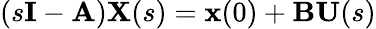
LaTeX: (s\mathbf{I}-\mathbf{A})\mathbf{X}(s)=\mathbf{x}(0)+\mathbf{B}\mathbf{U}(s)